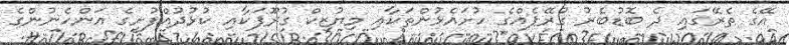
އޭގެ ތެރޭގައި ދެ ބޮޑުބެރު ގުރޭޕެއްގެ ހުށައެޅުންތަކާއި މިޔުޒިކް ގުރޫޕަކާއި ކުޅުދުއްފުށީގެ އަންހެނުންގެ